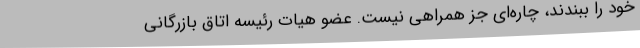
خود را ببندند، چاره‌ای جز همراهی نیست. عضو هیات رئیسه اتاق بازرگانی